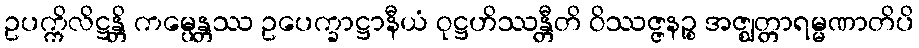
ဥပက္ကိလိဋ္ဌန္တိ ကမ္ပေန္တဿ ဥပေက္ခာဋ္ဌာနီယံ ဝုဋ္ဌဟိဿန္တီတိ ဝိဿဇ္ဇနဉ္စ အဇ္ဈတ္တာရမ္မဏာတိပိ